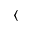
\langle